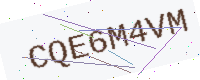
Text: CQE6M4VM